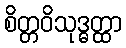
စိတ္တဝိသုဒ္ဓတ္ထာ